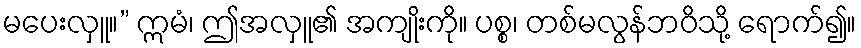
မပေးလှူ။” ဣမံ၊ ဤအလှူ၏ အကျိုးကို။ ပစ္စ၊ တစ်မလွန်ဘဝိသို့ ရောက်၍။